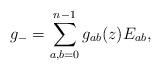
LaTeX: \begin{gather*}g_{-}=\sum_{a,b=0}^{n-1}g_{ab}(z)E_{ab},\end{gather*}